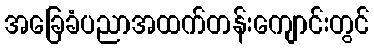
အခြေခံပညာအထက်တန်းကျောင်းတွင်